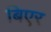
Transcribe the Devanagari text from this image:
बिएर